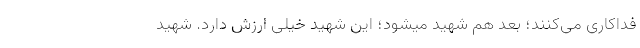
فداکاری می‌کنند؛ بعد هم شهید میشود؛ این شهید خیلی ارزش دارد. شهید